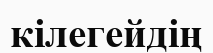
кілегейдің